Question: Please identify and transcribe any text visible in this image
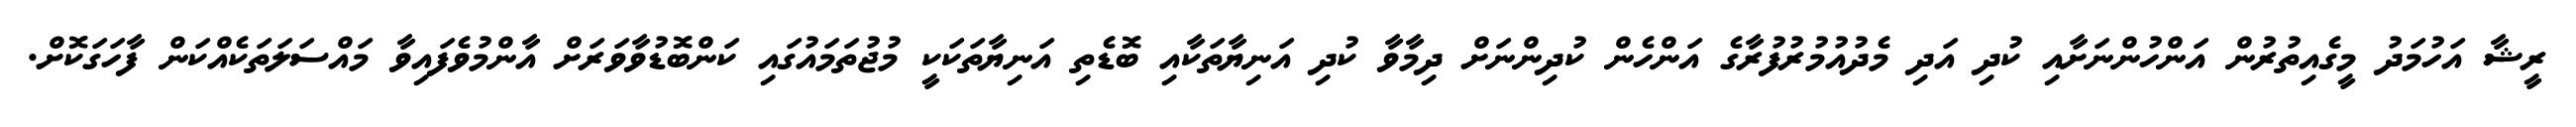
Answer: ރީޝާ އަހުމަދު މީގެއިތުރުން އަންހުންނަށާއި ކުދި އަދި މެދުއުމުރުފުރާގެ އަންހެން ކުދިންނަށް ދިމާވާ ކުދި އަނިޔާތަކާއި ބޮޑެތި އަނިޔާތަކަކީ މުޖުތަމައުގައި ކަންބޮޑުވާވަރަށް އާންމުވެފައިވާ މައްސަލަތަކެއްކަން ފާހަގަކޮށް.